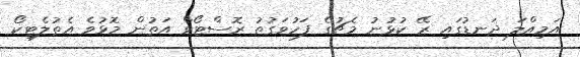
އަމިއްލަ ދަނޑުގައި ރޭ ކުޅުނު މެޗުގެ ފަހުވަގުތު ރޮސްޓޯވް އަތުން މޮޅުވެ އެތުލެޓިކޯ